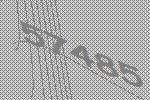
57485